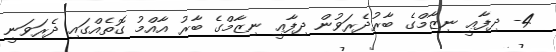
4- ދިފާޢީ ނިޒާމްގެ ބާރުދެރަވުން ދިފާޢީ ނިޒާމްގެ ބާރު އާއްމު ގޮތެއްގައި ދެރަވަނީ